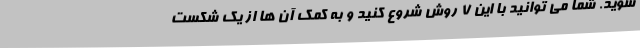
شوید. شما می توانید با این 7 روش شروع کنید و به کمک آن ها از یک شکست